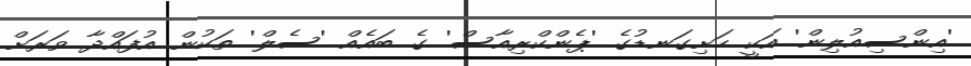
'އިންސިއުލިން' އަކީ ހަށިގަނޑުގެ 'ޕެންކްރިއާސް' ގެ ބައެއް 'ސެލް' ތަކުން އުފައްދާ ވަރަށް